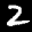
Label: 2